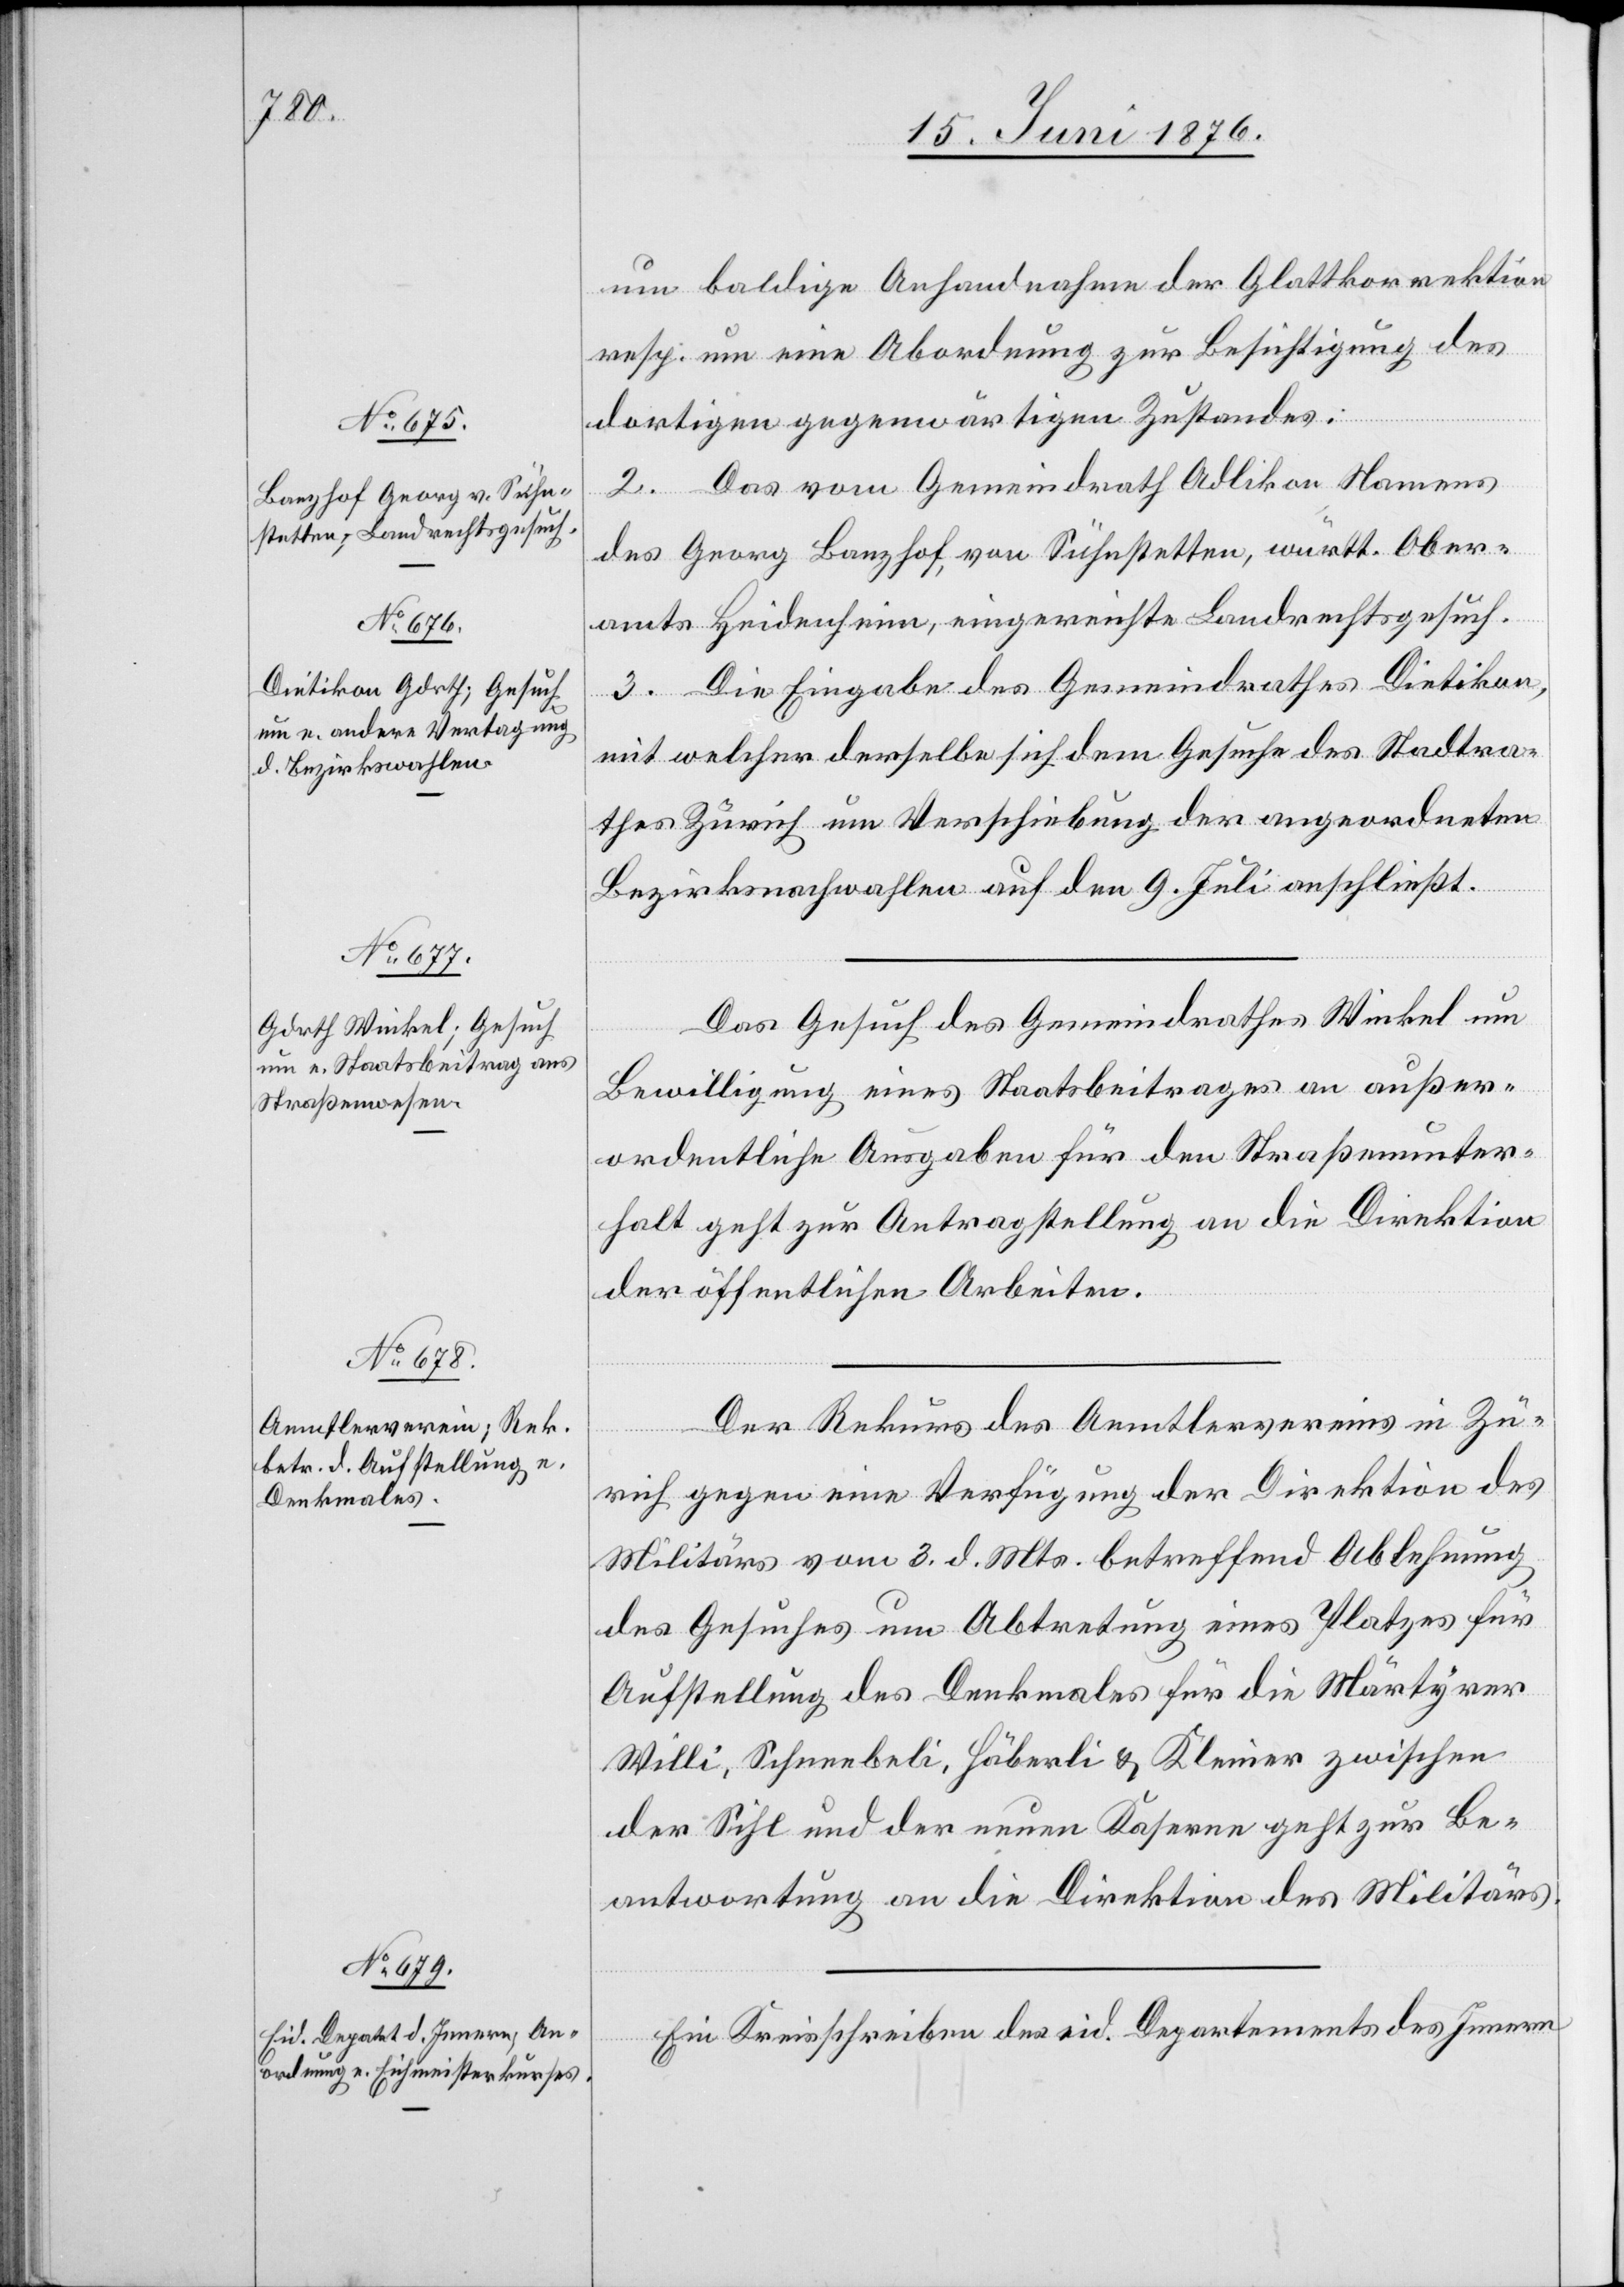
16. Juni 1876.]
um baldige Anhandnahme der Glattkorrektion
resp. um eine Abordnung zur Besichtigung des
dortigen gegenwärtigen Zustandes.
Das vom Gemeindrath Adlikon Namens
2.
des Georg Banzhof, von Sühnstetten, württ. Ober¬
amts Heidenheim, eingereichte Landrechtsgesuch.
3. Die Eingabe des Gemeindrathes Dietikon,
mit welcher derselbe sich dem Gesuche des Stadtra¬
thes Zürich um Verschiebung der angeordneten
Bezirksnachwahlen auf den 9. Juli anschließt.
Das Gesuch des Gemeindrathes Winkel um
Bewilligung eines Staatsbeitrages an außer¬
ordentliche Ausgaben für den Straßenunter¬
halt geht zur Antragstellung an die Direktion
der öffentlichen Arbeiten.
Der Rekurs des Aemtlervereins in Zü¬
rich gegen eine Verfügung der Direktion des
Militärs vom 3. d. Mts. betreffend Ablehnung
des Gesuches um Abtretung eines Platzes für
Aufstellung des Denkmales für die Märtyrer
Willi, Schneebeli, Häberli & Kleiner zwischen
der Sihl und der neuen Kaserne geht zu Be¬
antwortung an die Direktion des Militärs.
Ein Kreisschreiben des eid. Departements des Innern